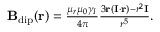
\begin{array} { r } { \mathbf { B } _ { \mathrm { d i p } } ( \mathbf { r } ) = \frac { \mu _ { r } \mu _ { 0 } \gamma _ { I } } { 4 \pi } \frac { 3 \mathbf { r } \left( \mathbf { I } \cdot \mathbf { r } \right) - r ^ { 2 } \mathbf { I } } { r ^ { 5 } } . } \end{array}